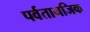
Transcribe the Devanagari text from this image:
पर्वतानजिक